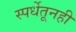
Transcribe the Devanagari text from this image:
स्पर्धेतूनही